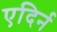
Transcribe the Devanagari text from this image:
एदिर्न